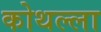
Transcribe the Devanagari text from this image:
कोथल्ला